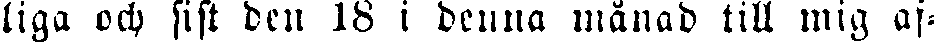
liga och sist den 18 i denna månad till mig af-